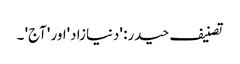
تصنیف حیدر: 'دنیازاد'اور 'آج' ۔